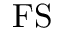
\mathrm { F S }